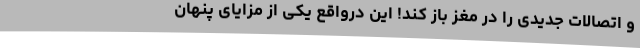
و اتصالات جدیدی را در مغز باز کند! این درواقع یکی از مزایای پنهان